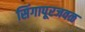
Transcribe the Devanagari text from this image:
सिंगापूरजवळ